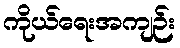
ကိုယ်ရေးအကျဉ်း